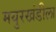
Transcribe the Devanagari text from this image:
मयुरखंडीला